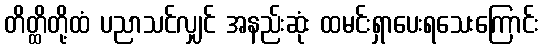
တိတ္ထိတို့ထံ ပညာသင်လျှင် အနည်းဆုံး ထမင်းရှာပေးရသေးကြောင်း